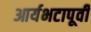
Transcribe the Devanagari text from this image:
आर्यभटापूर्वी